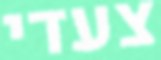
צעדי